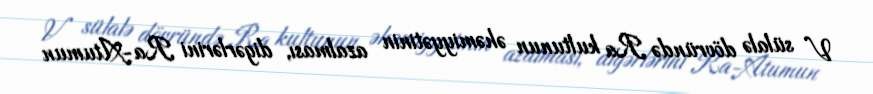
V sülalə dövründə Ra kultunun əhəmiyyətinin azalması, digərlərini Ra-Atumun